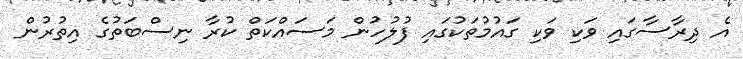
އެ ދިރާސާގައި ވަކި ވަކި ގައުމުތަކުގައި ފުލުހުން މަސައްކަތް ކުރާ ނިސްބަތުގެ އިތުރުން